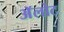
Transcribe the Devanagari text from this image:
अॅलोट